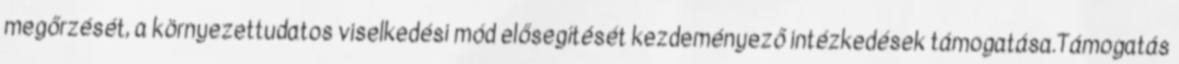
megőrzését, a környezettudatos viselkedési mód elősegítését kezdeményező intézkedések támogatása.Támogatás